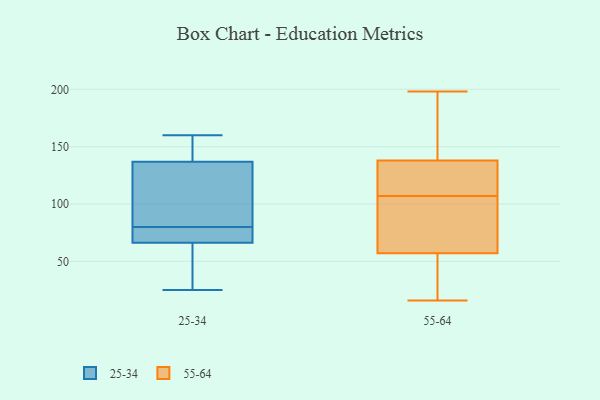
{"axis": {"x": "Production Output", "y": "Value"}, "legend": ["25-34", "55-64"], "data": [{"x": "", "y": 159, "type": "25-34"}, {"x": "", "y": 41, "type": "25-34"}, {"x": "", "y": 105, "type": "25-34"}, {"x": "", "y": 104, "type": "25-34"}, {"x": "", "y": 25, "type": "25-34"}, {"x": "", "y": 65, "type": "25-34"}, {"x": "", "y": 80, "type": "25-34"}, {"x": "", "y": 77, "type": "25-34"}, {"x": "", "y": 73, "type": "25-34"}, {"x": "", "y": 32, "type": "25-34"}, {"x": "", "y": 160, "type": "25-34"}, {"x": "", "y": 130, "type": "25-34"}, {"x": "", "y": 70, "type": "25-34"}, {"x": "", "y": 139, "type": "25-34"}, {"x": "", "y": 156, "type": "25-34"}, {"x": "", "y": 198, "type": "55-64"}, {"x": "", "y": 141, "type": "55-64"}, {"x": "", "y": 129, "type": "55-64"}, {"x": "", "y": 138, "type": "55-64"}, {"x": "", "y": 72, "type": "55-64"}, {"x": "", "y": 106, "type": "55-64"}, {"x": "", "y": 128, "type": "55-64"}, {"x": "", "y": 25, "type": "55-64"}, {"x": "", "y": 148, "type": "55-64"}, {"x": "", "y": 32, "type": "55-64"}, {"x": "", "y": 57, "type": "55-64"}, {"x": "", "y": 108, "type": "55-64"}, {"x": "", "y": 170, "type": "55-64"}, {"x": "", "y": 75, "type": "55-64"}, {"x": "", "y": 16, "type": "55-64"}, {"x": "", "y": 58, "type": "55-64"}, {"x": "", "y": 43, "type": "55-64"}, {"x": "", "y": 117, "type": "55-64"}]}